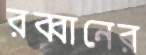
রব্বানের